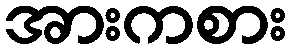
အားကစား